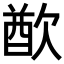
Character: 𣣫